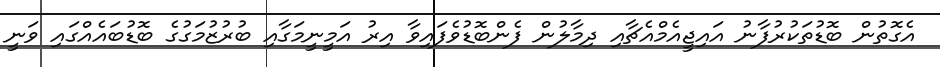
އެގޮތުން ބޮޑުތަކުރުފާނު އައިޖީއެމްއެޗާއި ދިމާލުން ފެންބޮޑުވެފައިވާ އިރު އަމީނީމަގާއި ބުރުޒުމަގުގެ ބޮޑުބައެއްގައި ވަނީ